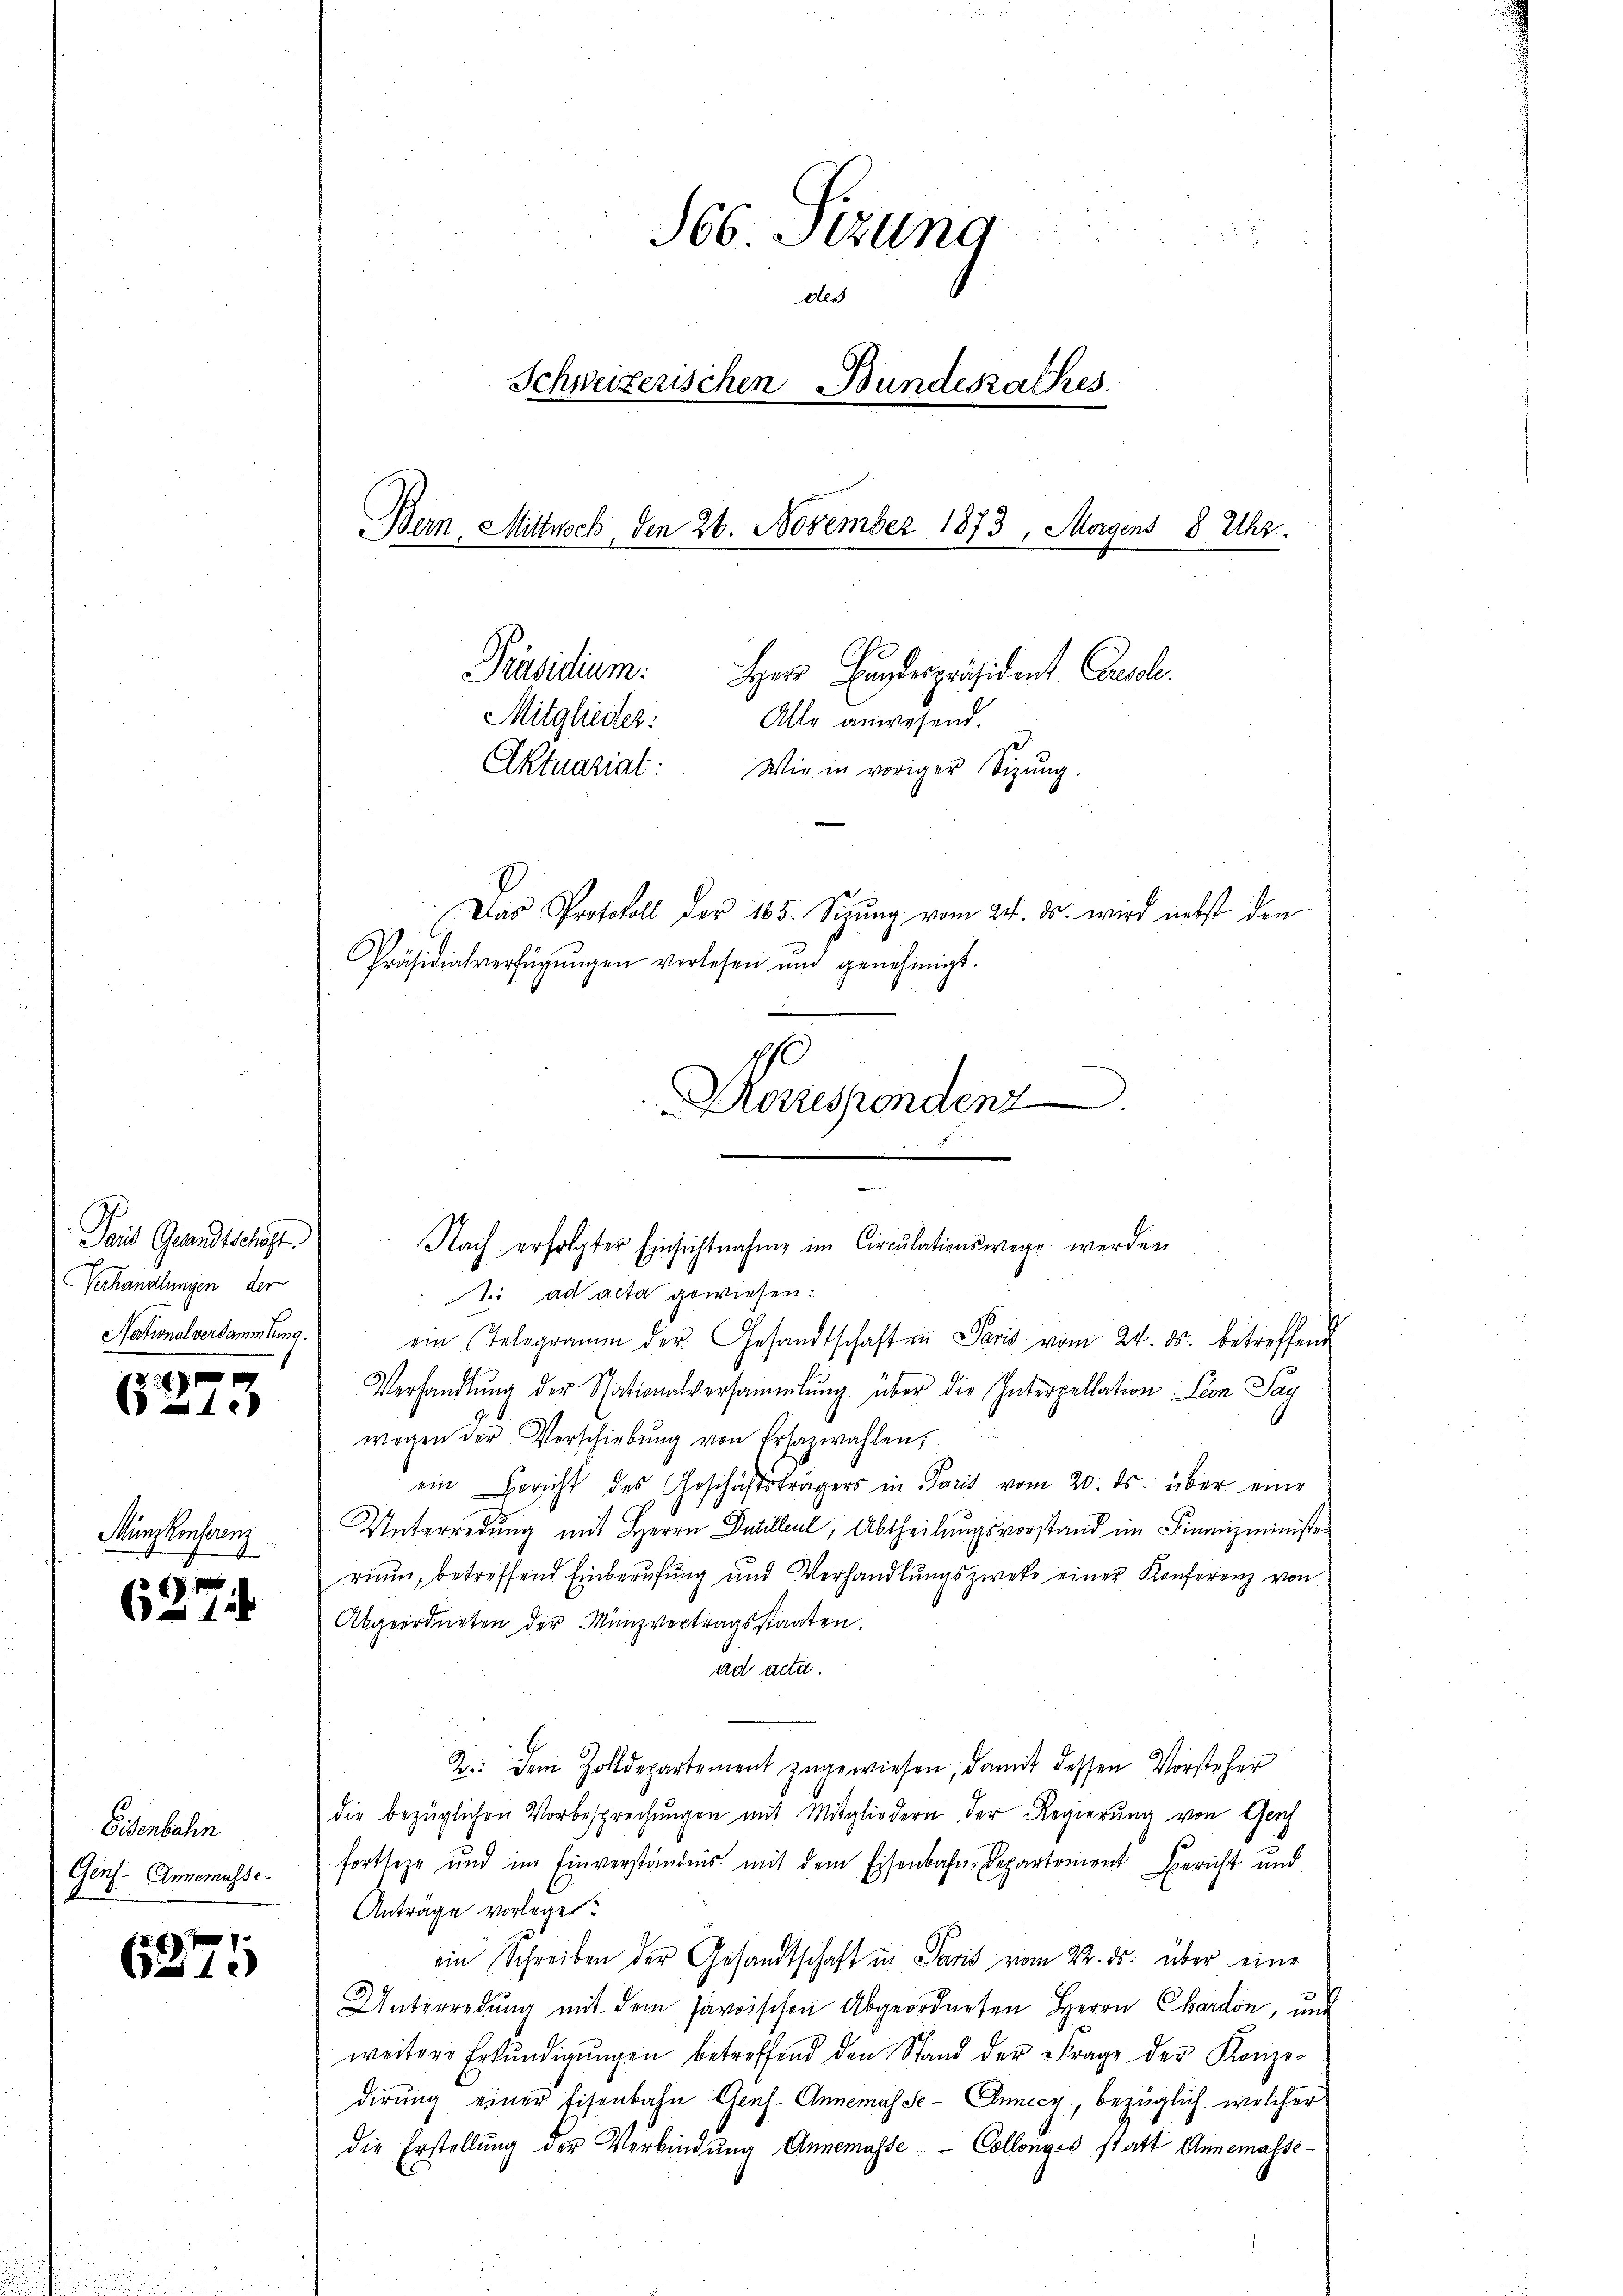
Tait Gesandtschaft
Verhandlungen der
Nationalversammlung.

A
1.

Münzkonferenz

627.

Eisenbahn
Genf - Annemasse.

f
is 1

366. Sizung
des
Schweizerischen Bundesrathes
Bern, Mittwoch, den 26. November 1873, Morgens 8 Uhr.
Präsidium.
Herr Hundespräsident Console.
Mitglieder:
Alle anwesend.
Aktuariat: Wie in voriger Sizŭng.
Das Protokoll der 165. Sizŭng vom 24. ds. wird nebst den
Präsidialverfügŭngen verlesen und genehmigt.

1. ad acta gewiesen.
ein Telegramm der Gesandtschaften Paris vom 24. ds. betreffend
Verhandlŭng der Nationalversammlung über die Interpellation Seon Pay
wegen der Vorschiebŭng von Erhazwahlen,
ein Bericht des Geschäftsträgers in Paris vom 20. ds. über eine
Unterredung mit Herrn Decilleul, Abtheilungsvorstand im Finanzminister
rium, betreffend Einberufung und Verhandlungszieke einer Konferenz von

Abgeordneten der Münzvertragsstaaten.
ad acta.
2: dem Zolldepartement zugewiesen, damit dessen Vorsteher
die bezüglichen Vorbesprechungen mit Mitgliedern der Regierung von Gesch
fortseze und im Einverständnis mit dem Eisenbahn-Departement Bericht und
Anträge vorleget.
ein Schreiben der Gesandtschaft in Paris vom 22. ds. über eine
Unterredung mit dem savoischen Abgeordneten Herrn Chardon, und
weitere Erkŭndigŭngen betreffend den Stand der Frage der Konzedirung einer Eisenbahn Gens- Annemas Se- Ennecy, bezüglich, welcher
die Erstellung der Verbindŭng Annemasse Collenges statt Annemasse-

Korrespondenz
Nach erfolgter Einsichtnahme im Circulationswege werden